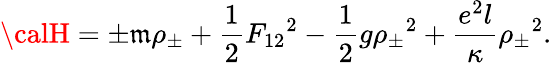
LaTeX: {\calH}={\pm}\mathfrak{m}{\rho}_{\pm}+{\frac{{1}}{{2}}}{F_{12}}^{2}-{\frac{{1}}{{2}}}g{{\rho}_{\pm}}^{2}+{\frac{{e^{2}l}}{{\kappa}}}{{\rho}_{\pm}}^{2}.